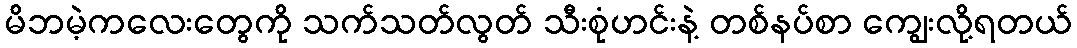
မိဘမဲ့ကလေးတွေကို သက်သတ်လွတ် သီးစုံဟင်းနဲ့ တစ်နပ်စာ ကျွေးလို့ရတယ်